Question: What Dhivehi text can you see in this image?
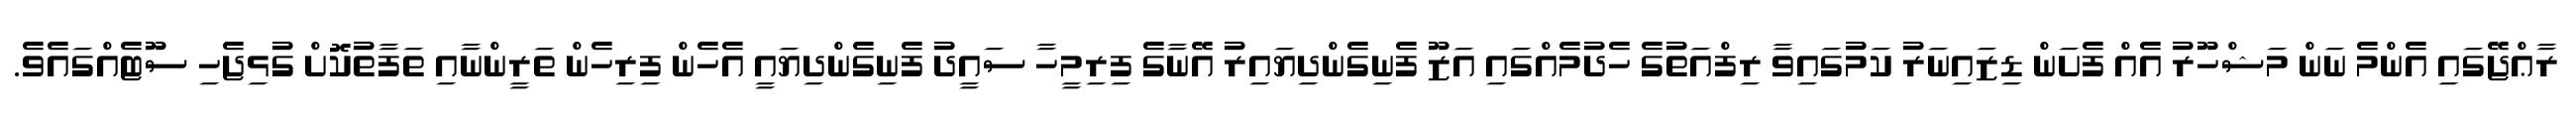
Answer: ރާޢްޖޭގައި އެންމެ ނަން މަޝްހޫރު އެއް ފެށަން ޑިޒައިނަރު ކަމުގައިވާ ރިފްއަތުގެ ހެދުމެއްގައި އަޒޫ ފެނިގެންދިޔައިރު އޭނާގެ ފިރިމީހާ ސައީދު ފެނިގެންދިޔައީ އެހެން ފިރިހެން ތަރީންނާއި ތަފާތުކޮށް ގުޅިޖެހި ސޫޓެއްގައެވެ.